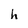
Character: h